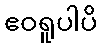
ဧဝရူပါပိ